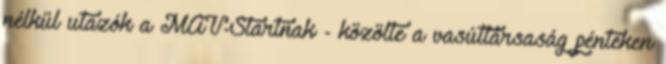
nélkül utazók a MÁV-Startnak - közölte a vasúttársaság pénteken